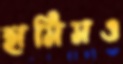
হামিমও